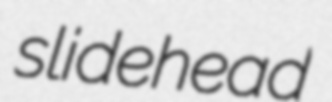
slidehead